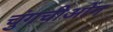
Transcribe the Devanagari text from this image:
चुंगचीओंग